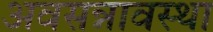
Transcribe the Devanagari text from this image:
अवसन्नावस्था